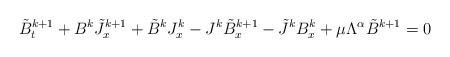
LaTeX: \begin{align*}\tilde B^{k+1}_t+B^k \tilde J^{k+1}_x+\tilde B^k J^k_x-J^k\tilde B^{k+1}_x-\tilde J^k B_x^k+\mu \Lambda^\alpha \tilde B^{k+1}=0\end{align*}